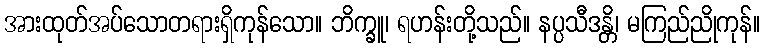
အားထုတ်အပ်သောတရားရှိကုန်သော။ ဘိက္ခူ၊ ရဟန်းတို့သည်။ နပ္ပသီဒန္တိ၊ မကြည်ညိုကုန်။